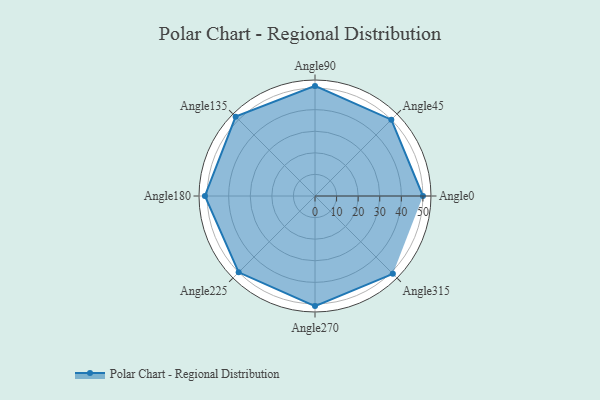
{"axis": {"x": "Angle", "y": "Radius"}, "legend": [""], "data": [{"x": "Angle0", "y": 50, "type": ""}, {"x": "Angle45", "y": 50.0, "type": ""}, {"x": "Angle90", "y": 51.0, "type": ""}, {"x": "Angle135", "y": 52.0, "type": ""}, {"x": "Angle180", "y": 51.0, "type": ""}, {"x": "Angle225", "y": 50, "type": ""}, {"x": "Angle270", "y": 51.0, "type": ""}, {"x": "Angle315", "y": 51.0, "type": ""}]}